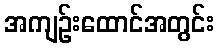
အကျဉ်းထောင်အတွင်း